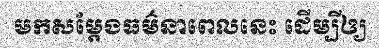
មកសម្តែងធម៌នាពេលនេះ ដើម្បីឲ្យ